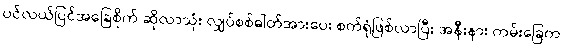
ပင်လယ်ပြင်အခြေစိုက် ဆိုလာသုံး လျှပ်စစ်ဓါတ်အားပေး စက်ရုံဖြစ်လာပြီး အနီးနား ကမ်းခြေက